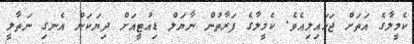
ކެމީލާގެ އަތަށް ޖަހައިލިއެވެ. ކެމީލާގެ ފަރާތުން ނާޔަލް ޑިއުޓީއަށް ދިޔަކަން އެނގި ނަތާލީ